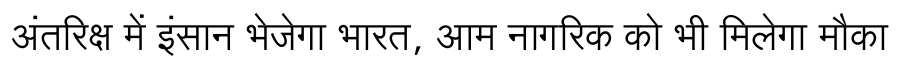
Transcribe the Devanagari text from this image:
अंतरिक्ष में इंसान भेजेगा भारत, आम नागरिक को भी मिलेगा मौका